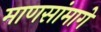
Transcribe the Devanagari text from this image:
माणसांमागे